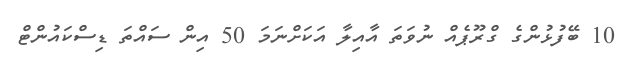
10 ބޭފުުޅުންގެ ގްރޫޕެއް ނުވަތަ އާއިލާ އަކަށްނަމަ 50 އިން ސައްތަ ޑިސްކައުންޓް